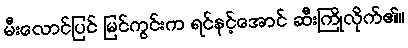
မီးလောင်ပြင် မြင်ကွင်းက ရင်နင့်အောင် ဆီးကြိုလိုက်၏။